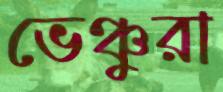
ভেঞ্চুরা